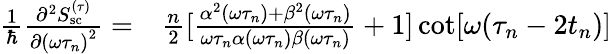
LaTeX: \begin{array}{rl}{\frac{1}{\hbar}\frac{\partial^{2}S_{\mathrm{sc}}^{(\tau)}}{\partial{(\omega\tau_{n})}^{2}}=}&{{}\frac{n}{2}[\frac{\alpha^{2}(\omega\tau_{n})+\beta^{2}(\omega\tau_{n})}{\omega\tau_{n}\alpha(\omega\tau_{n})\beta(\omega\tau_{n})}+1]\cot[\omega(\tau_{n}-2t_{n})]}\end{array}